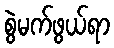
စွဲမက်ဖွယ်ရာ